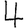
Digit: 4